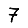
Digit: 7